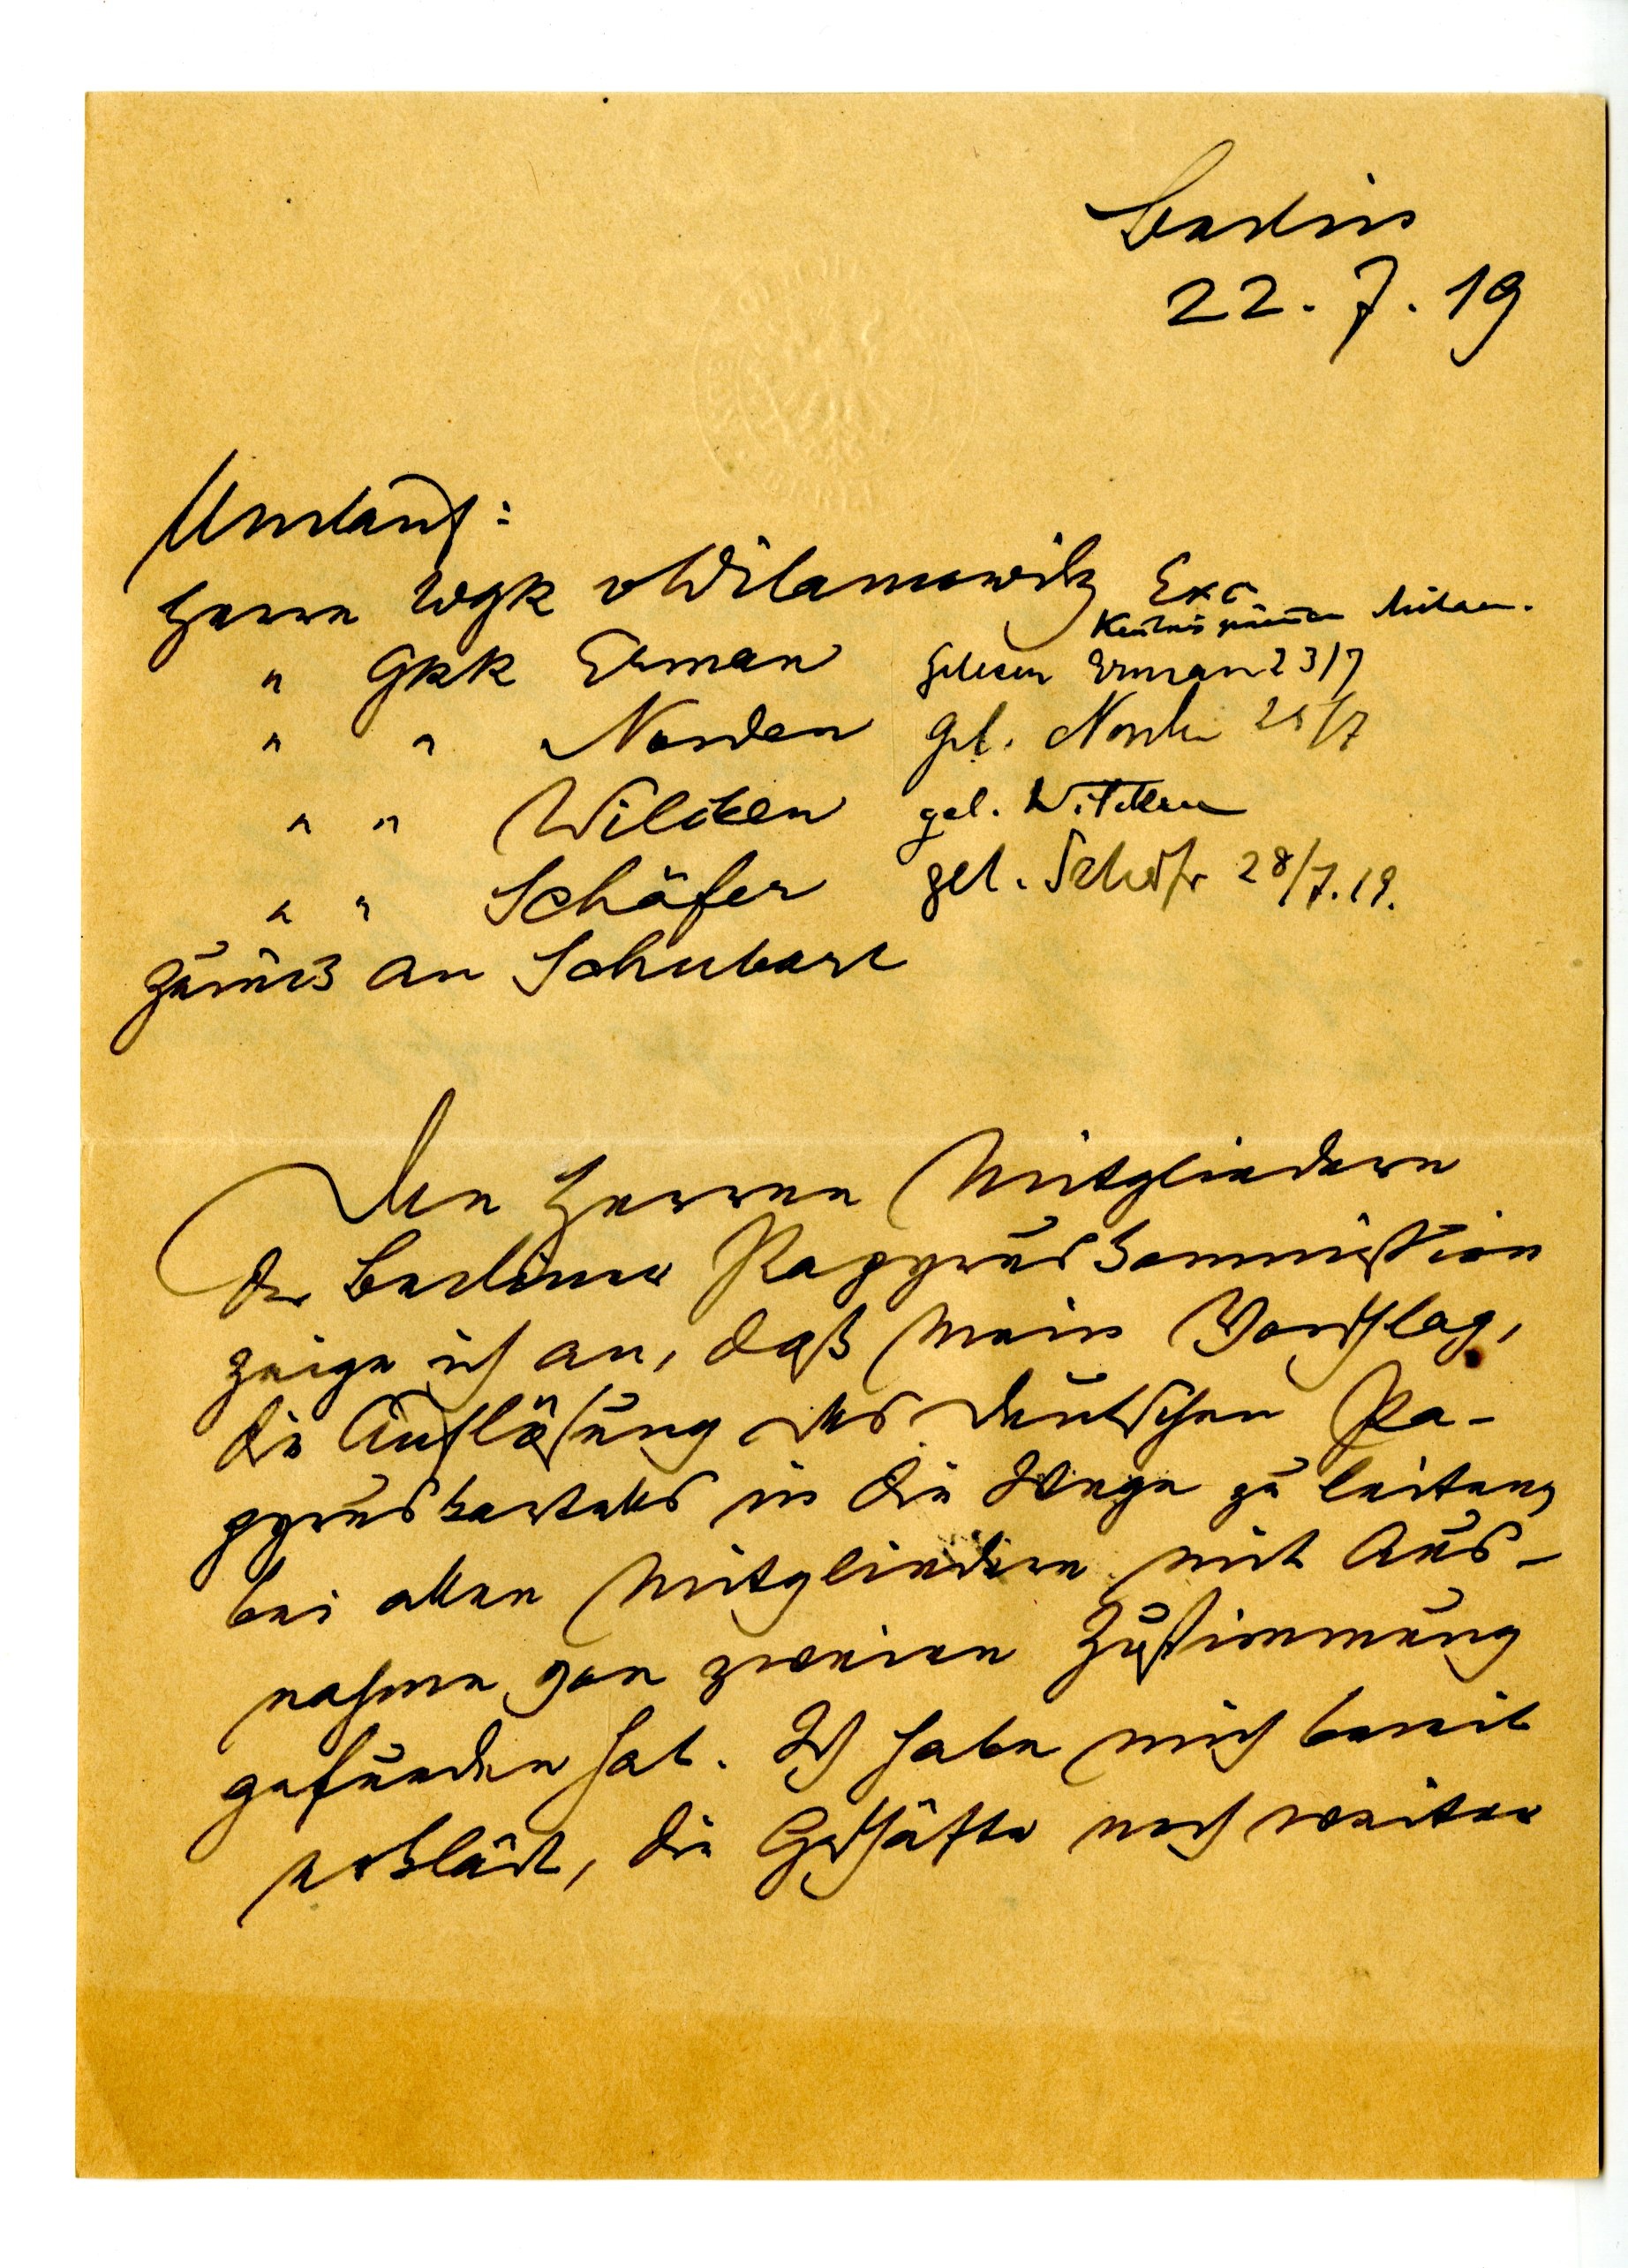
Berlin
22.7.19
Umlauf :
Herrn WgR Wilamowitz
Exc.

" GRR Erman
" "   Norden
" "   Wilken
" "   Schäfer
zurück an Schubart
Den Herren Mitgliedern
der berliner Papyruskommission
zeige ich an, daß mein Vorschlag,
die Auflösung des deutschen Pa¬
pyruskartells in die Wege zu leiten,
bei allen Mitgliedern mit Aus¬
nahme von zweien Zustimmung
gefunden hat. Ich habe mich bereit
erklärt, die Geschäfte noch weiter